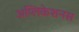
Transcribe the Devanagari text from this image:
अप्लिकेशनस